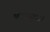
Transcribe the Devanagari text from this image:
पवनसुव।।